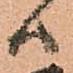
ハ